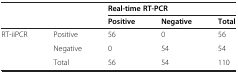
<table><thead><tr><td></td><td></td><td colspan="3"><b>Real-time RT-PCR</b></td></tr><tr><td></td><td></td><td><b>Positive</b></td><td><b>Negative</b></td><td><b>Total</b></td></tr></thead><tbody><tr><td rowspan="3">RT-iiPCR</td><td>Positive</td><td>56</td><td>0</td><td>56</td></tr><tr><td>Negative</td><td>0</td><td>54</td><td>54</td></tr><tr><td>Total</td><td>56</td><td>54</td><td>110</td></tr></tbody></table>